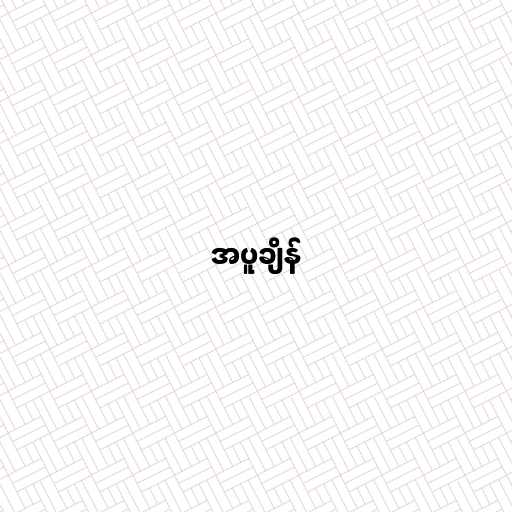
အပူချိန်